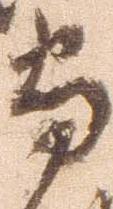
守